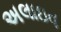
અલાઇવ